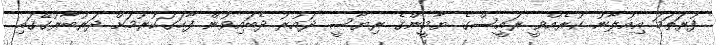
ފުރަތަމަ އިއުލާނު ކުރެއްވީ ރައީސްގެ ޔާމީންގެ ރިޔާސީ ދައުރު ދެބައިވުން ފާހަގަކުރުމަށް ދަރުބާރުގޭގައި